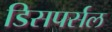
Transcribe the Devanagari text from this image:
डिसपर्सल